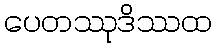
ပေတဿုဒိဿထ